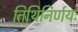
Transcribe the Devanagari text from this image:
तिथिनिर्णयः